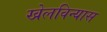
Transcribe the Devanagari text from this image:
खेलविन्यास